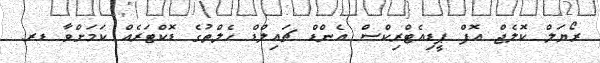
ރޯޔަލް ކޮލެޖް އޮފް ޕީޑިއެޓްރިކްސް އެންޑް ޗައިލްޑް ހެލްތުގެ ޑޮކްޓަރެއް ކަމަށްވާ ޑރ.